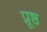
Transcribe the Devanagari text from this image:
प्रूष्ठ